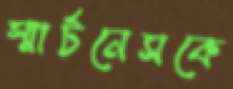
স্মার্টনেসকে